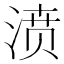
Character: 𣸣